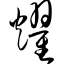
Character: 耀